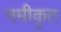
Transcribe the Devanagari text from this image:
नमीकृत